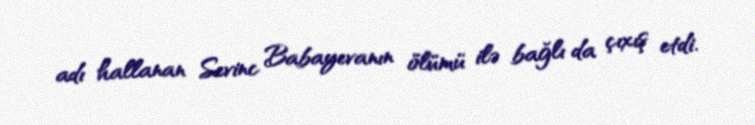
adı hallanan Sevinc Babayevanın ölümü ilə bağlı da çıxış etdi.